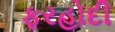
ફરહોદી